Trukikaitis_Postimees, lk 80
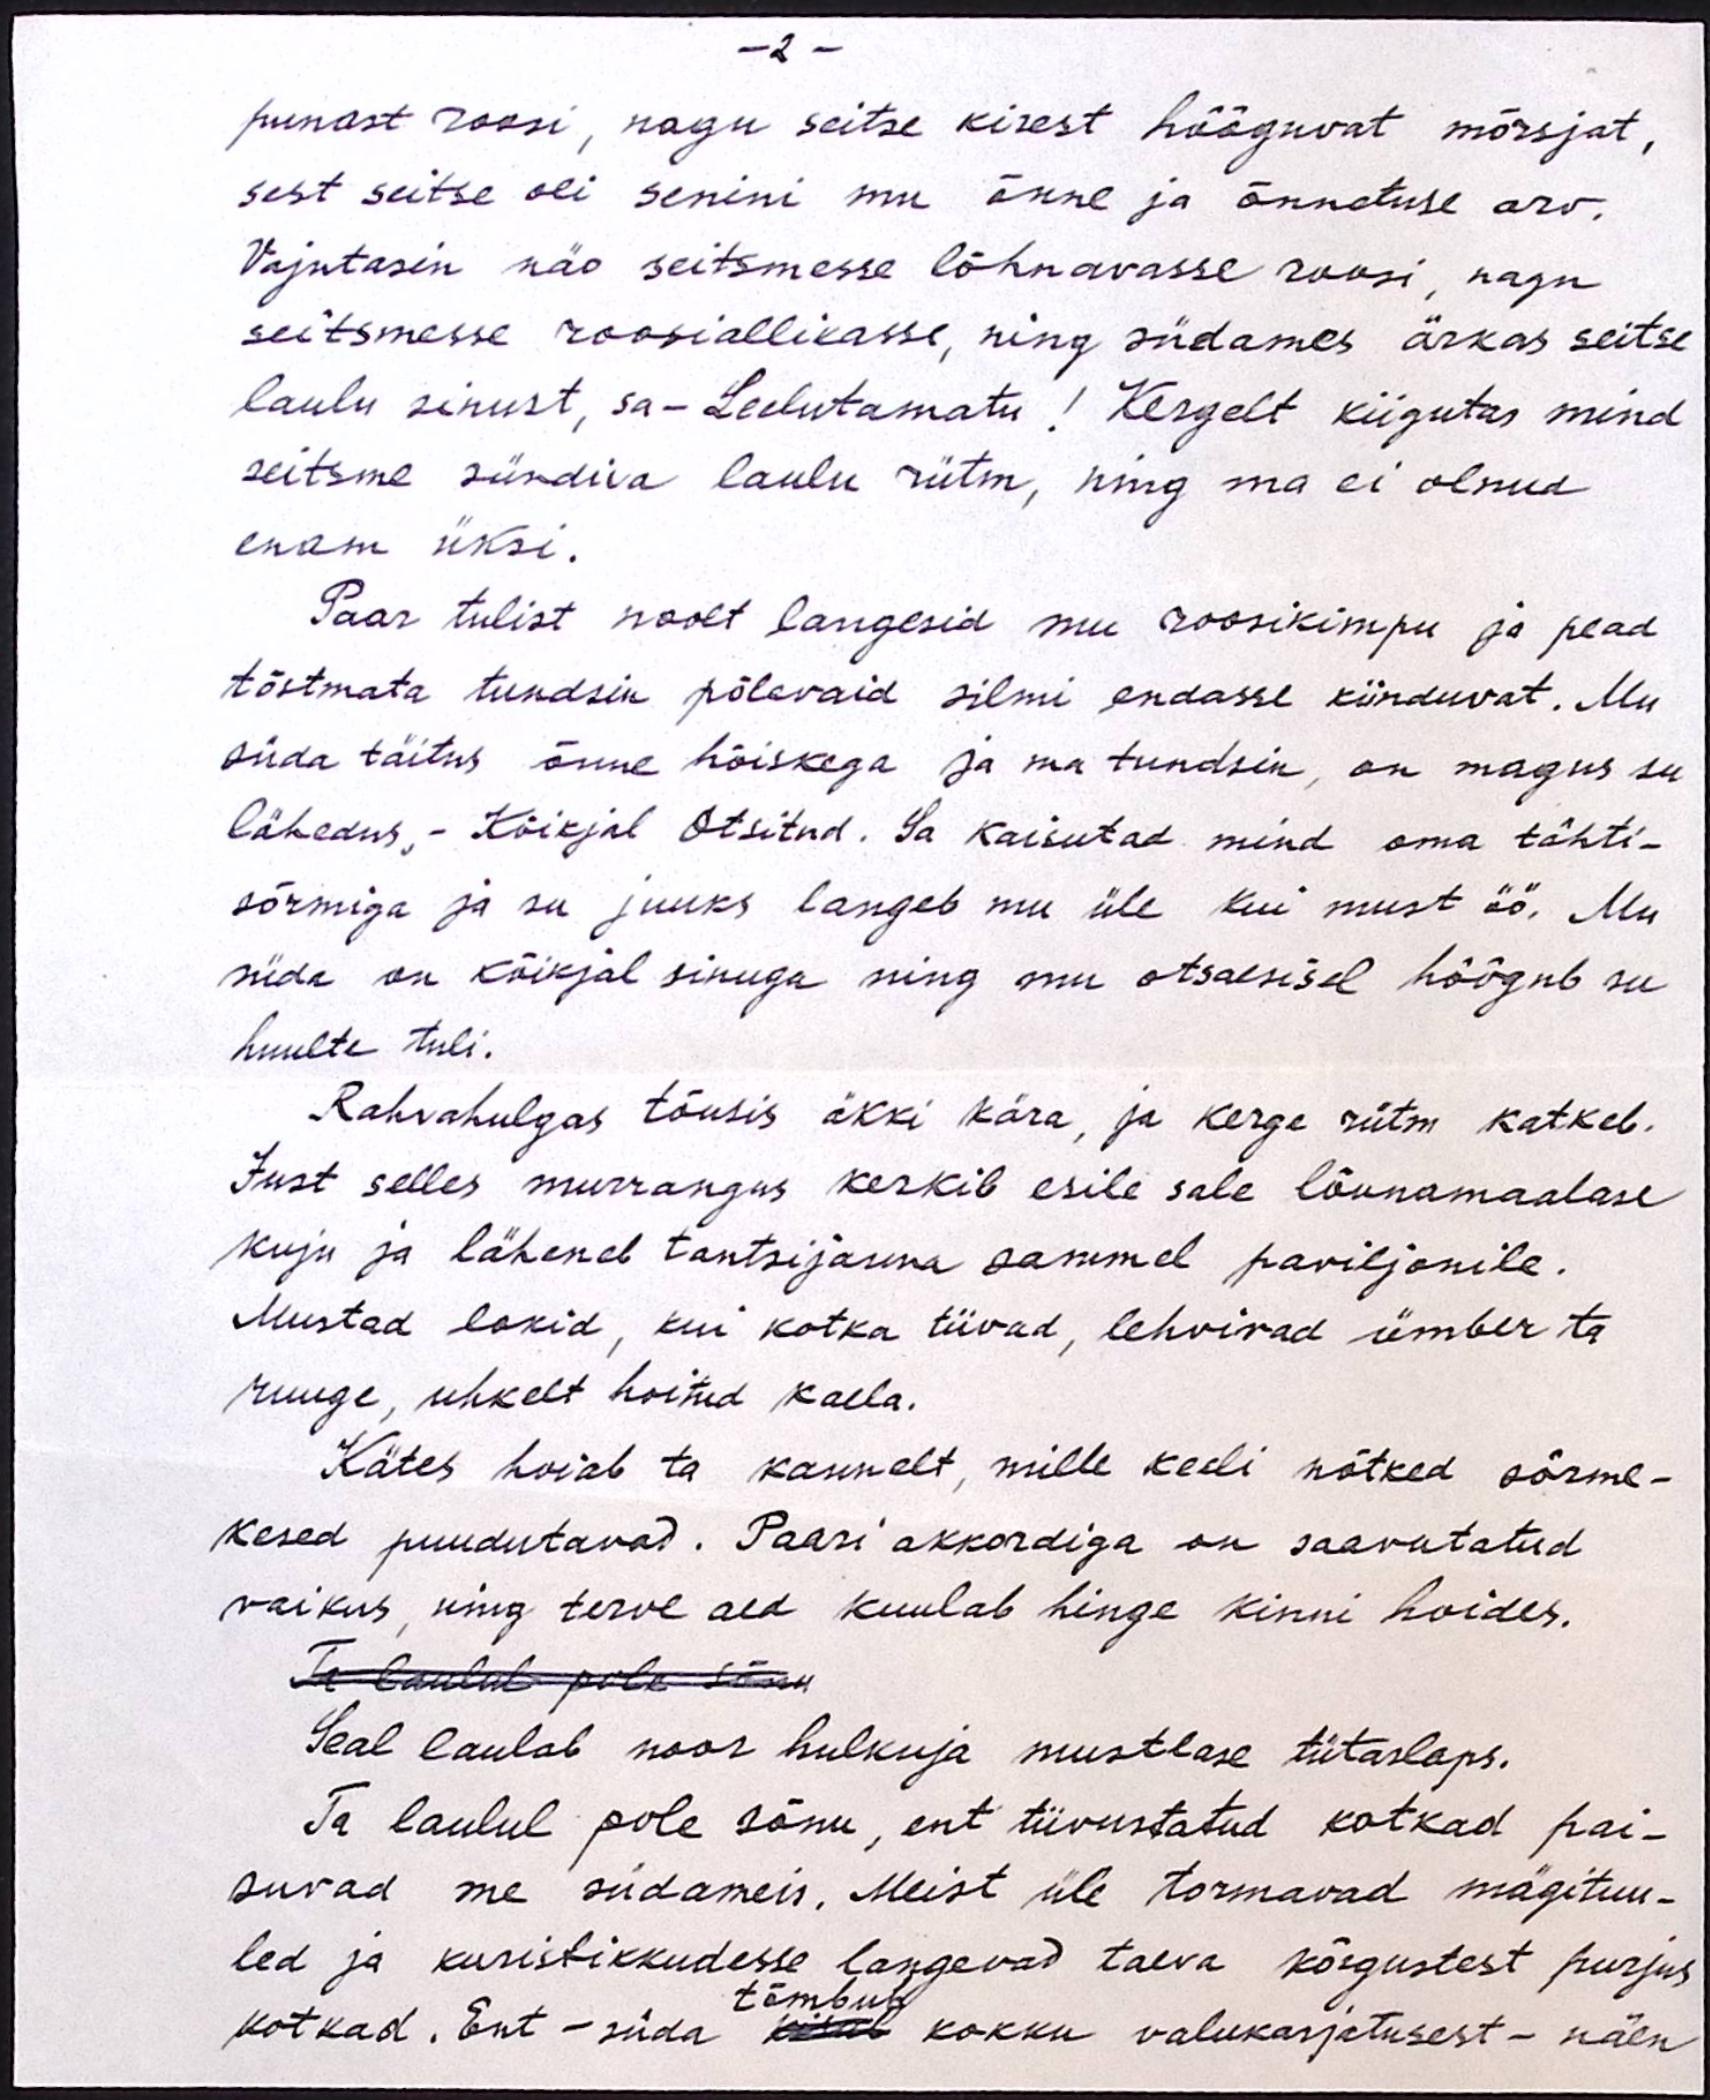
- 2 -
punast roosi, nagu seitse kirest hõõguvat mõrsjat,
sest seitse oli senini mu õnne ja õnnetuse arv.
Vajutasin näo seitsmesse lõhnavasse roosi, nagu
seitsmesse roosiallikasse, ning südames ärkas seitse
laulu sinust, sa - Leelutamatu! Kergelt kiigutas mind
seitsme sündiva laulu rütm, ning ma ei olnud
enam üksi.
Paar tulist noolt langesid mu roosikimpu ja pead
tõstmata tundsin põlevaid silmi endasse kiinduvat. Mu
süda täitus õnne hõiskega ja ma tundsin, on magus su
lähedus, - Kõikjal Otsitud. Sa kaisutad mind oma tähti-
sõrmiga ja su juuks langeb mu üle kui must öö. Mu
süda on kõikjal sinuga ning mu otsaesisel hõõgub su
huulte tuli.
Rahvahulgas tõusis äkki kära, ja kerge rütm katkeb.
Just selles murrangus kerkib esile sale lõunamaalase
kuju ja läheneb tantsijanna sammel paviljonile.
Mustad lokid, kui kotka tiivad, lehvivad ümber ta
ruuge, uhkelt hoitud kaela.
Kätes hoiab ta kannelt, mille keeli nõtked sõrme-
kesed puudutavad. Paari akkordiga on saavutatud
vaikus, ning terve aed kuulab hinge kinni hoides.
Ta laulul pole sõna
Seal laulab noor hulkuja mustlase tütarlaps.
Ta laulul pole sõnu, ent tiivustatud kotkad pai-
suvad me südameis. Meist üle tormavad mägituu-
led ja kuristikkudesse langevad taeva kõrgustest purjus
tõmbub
kotkad. Ent - süda kätab kokku valukarjatusest - näen